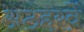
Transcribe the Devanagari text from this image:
अठहरवें